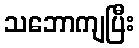
သဘောကျပြီး